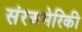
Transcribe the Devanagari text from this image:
संरअमेरिकी